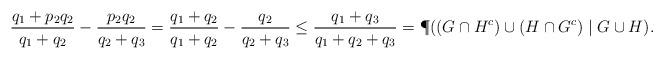
LaTeX: \begin{align*}\frac{ q_1 + p_2q_2}{q_1+q_2}- \frac{p_2 q_2 }{q_2+q_3}=\frac{ q_1+q_2 }{q_1+q_2}- \frac{ q_2 }{q_2+q_3} \leq \frac{q_1+q_3}{q_1+q_2+q_3}= \P( (G\cap H^c) \cup (H\cap G^c)\mid G\cup H).\end{align*}